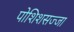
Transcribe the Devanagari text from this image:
पोशिशसज्जा